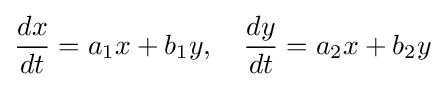
{\frac {dx}{dt}}=a_{1}x+b_{1}y,\quad {\frac {dy}{dt}}=a_{2}x+b_{2}y